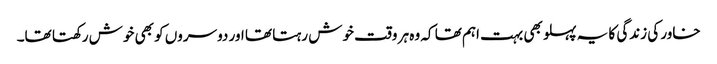
خاور کی زندگی کا یہ پہلو بھی بہت اہم تھا کہ وہ ہر وقت خوش رہتا تھا اور دوسروں کو بھی خوش رکھتا تھا۔